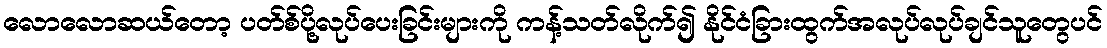
လောလောဆယ်တော့ ပတ်စ်ပို့လုပ်ပေးခြင်းများကို ကန့်သတ်လိုက်၍ နိုင်ငံခြားထွက်အလုပ်လုပ်ချင်သူတွေပင်